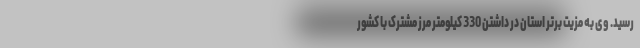
رسید. وی به مزیت برتر استان در داشتن 330 کیلومتر مرز مشترک با کشور